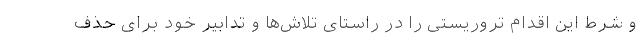
و شرط این اقدام تروریستی را در راستای تلاش‌ها و تدابیر خود برای حذف